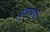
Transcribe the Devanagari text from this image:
भुजाधारी